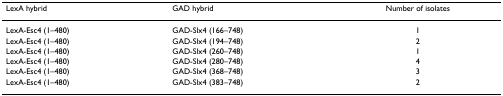
<table><thead><tr><td><b>LexA hybrid</b></td><td><b>GAD hybrid</b></td><td><b>Number of isolates</b></td></tr></thead><tbody><tr><td>LexA-Esc4 (1–480)</td><td>GAD-Slx4 (166–748)</td><td>1</td></tr><tr><td>LexA-Esc4 (1–480)</td><td>GAD-Slx4 (194–748)</td><td>2</td></tr><tr><td>LexA-Esc4 (1–480)</td><td>GAD-Slx4 (260–748)</td><td>1</td></tr><tr><td>LexA-Esc4 (1–480)</td><td>GAD-Slx4 (280–748)</td><td>4</td></tr><tr><td>LexA-Esc4 (1–480)</td><td>GAD-Slx4 (368–748)</td><td>3</td></tr><tr><td>LexA-Esc4 (1–480)</td><td>GAD-Slx4 (383–748)</td><td>2</td></tr></tbody></table>